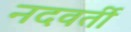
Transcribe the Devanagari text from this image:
नदवर्ती